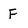
Character: F